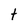
Character: t